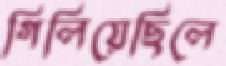
গিলিয়েছিলে